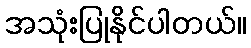
အသုံးပြုနိုင်ပါတယ်။